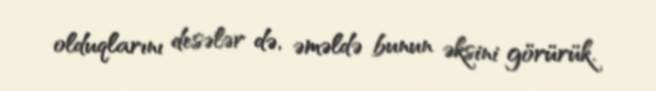
olduqlarını desələr də, əməldə bunun əksini görürük.